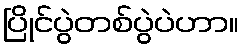
ပြိုင်ပွဲတစ်ပွဲပဲဟာ။